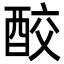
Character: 𨠦